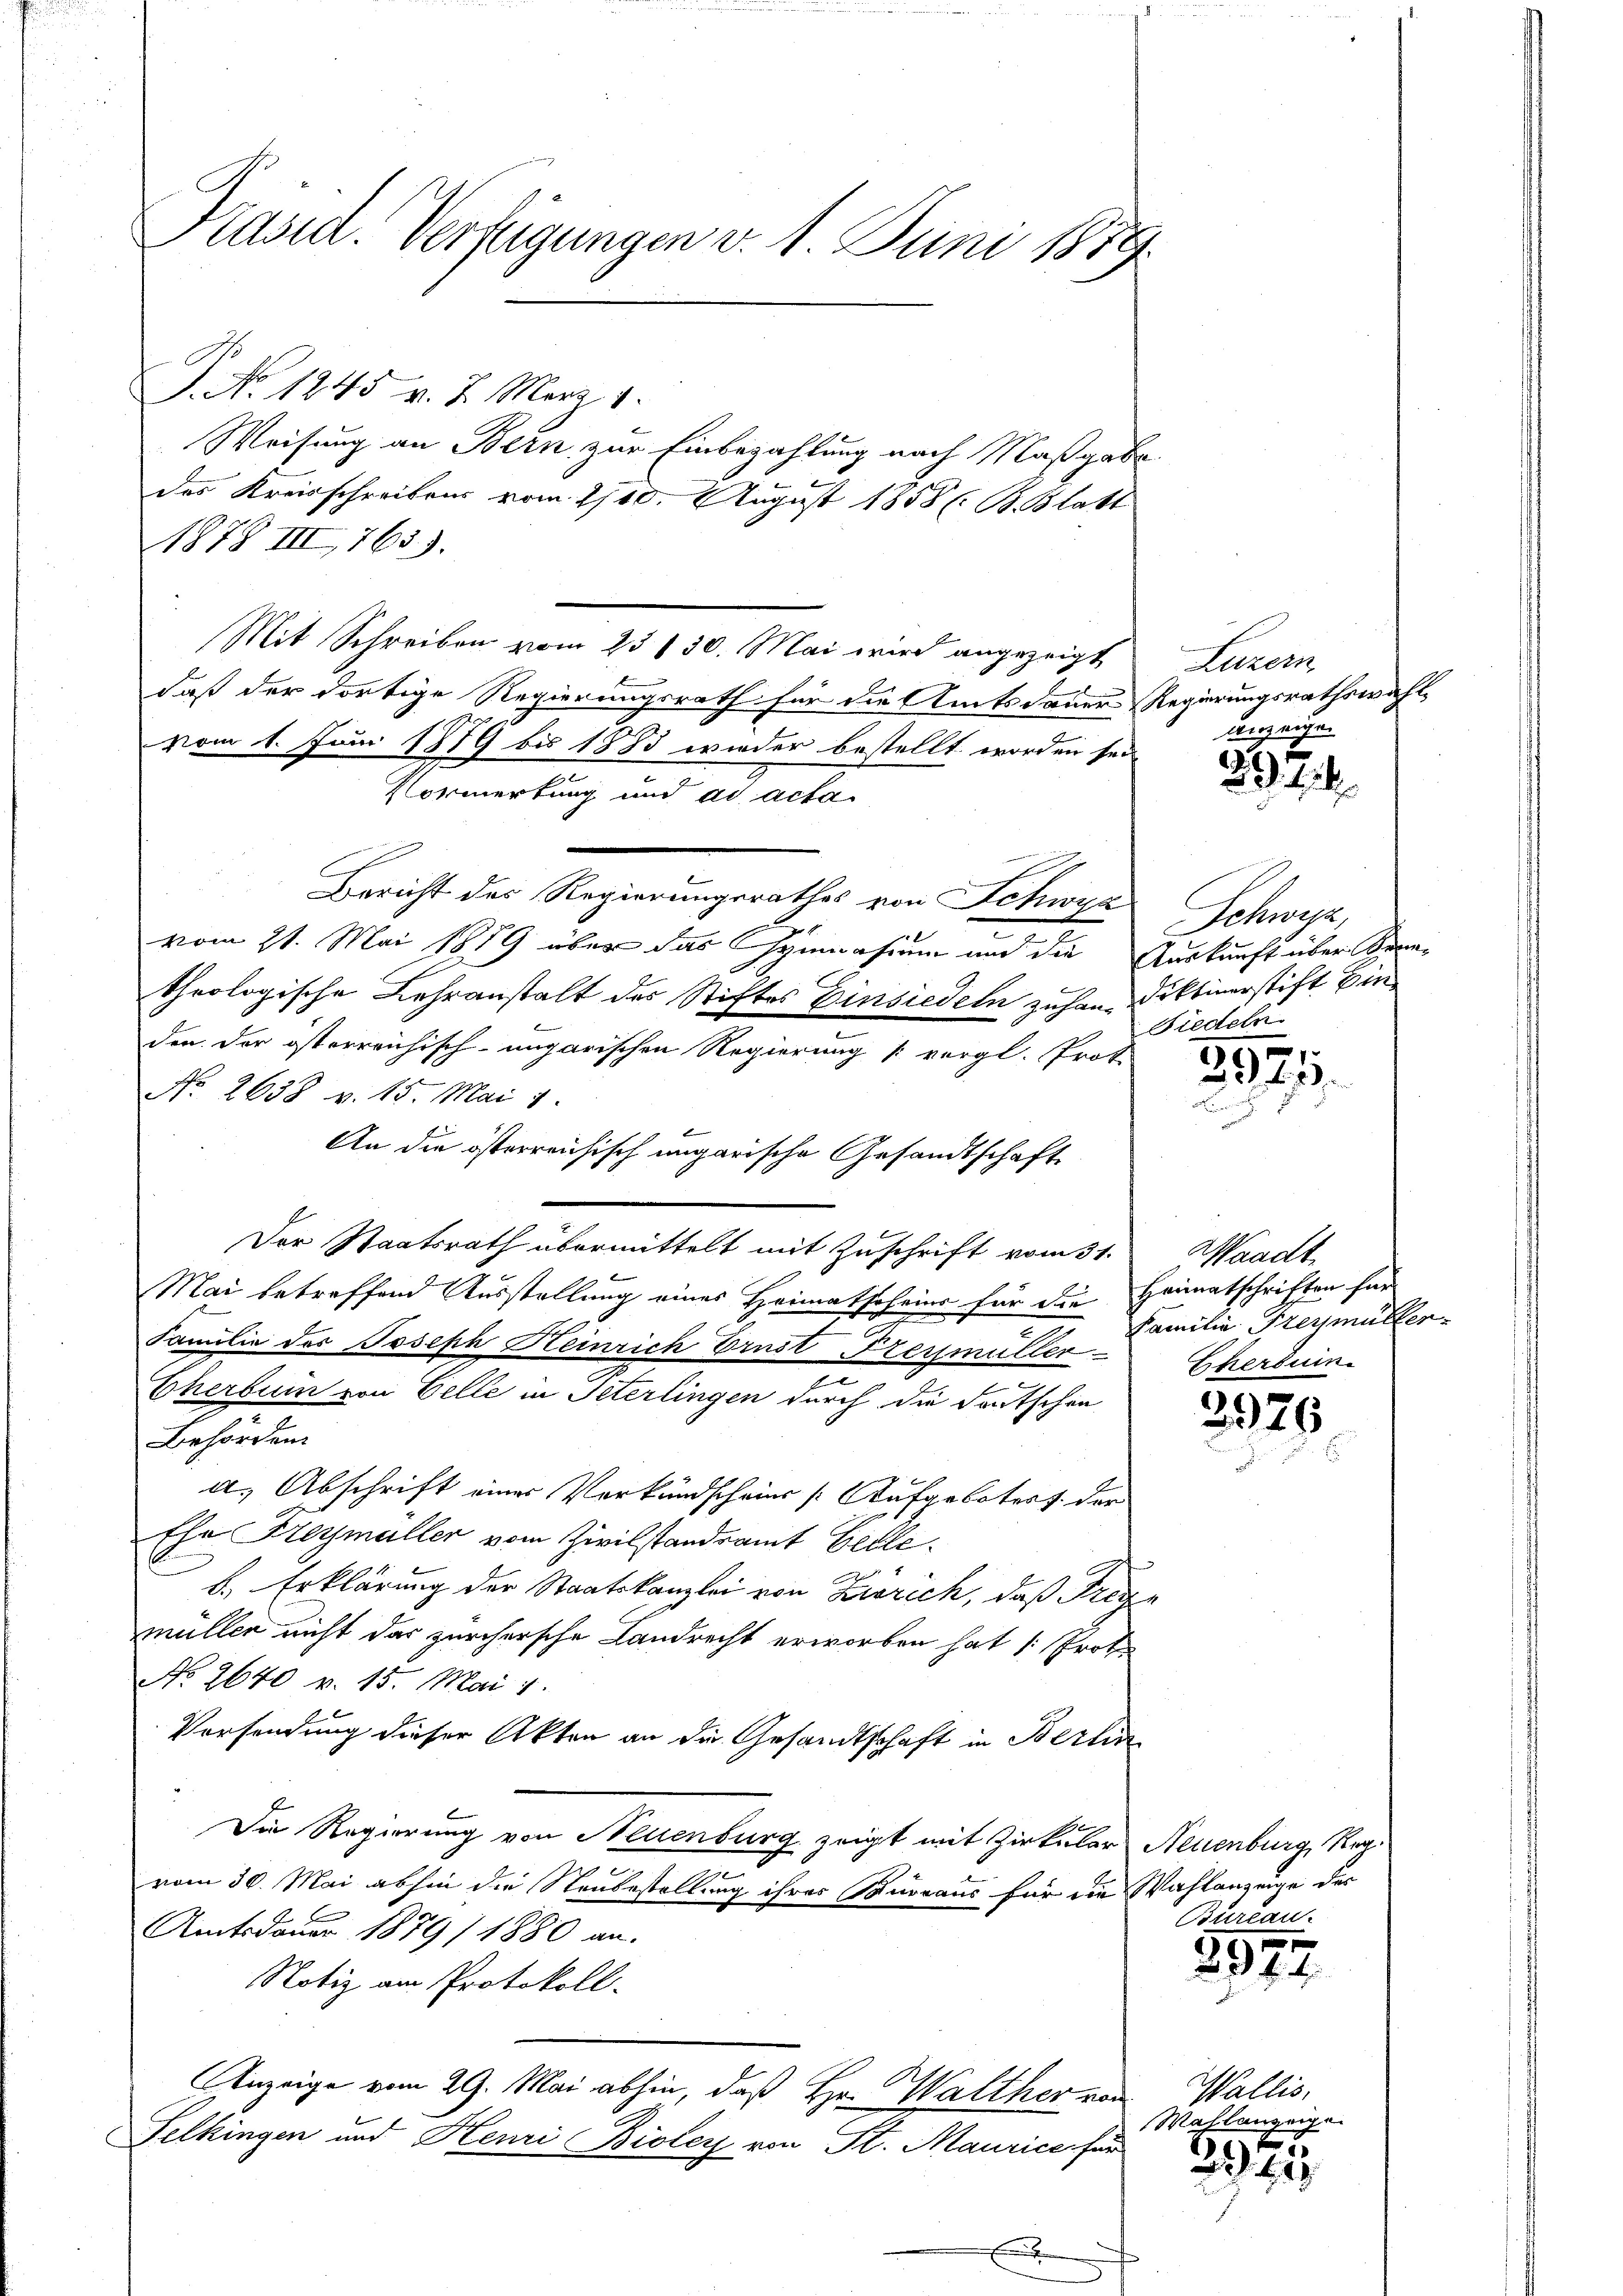
Präsid. Verfügungen v. 1. Juni 1879.

P. No 1245 v. 2. März 1
Weisung an Bern zur Einbezahlung nach Maßgabe
des Kreisschreibens vom 1710. August 1858 (: B. Blatt
1878 III 765).
Mit Schreiben vom 23 130. Mai wird angezeigt
daß der dortige Regierungsrath für die Amtsdauer Regierungsrathswahlvom 1. Juni 1879 bis 1883 wieder bestellt worden sei,
Vormerkung und ad acta
Bericht des Regierungsrathes von Schwyz
vom 21. Mai 1889 über das Gymnasium und die Auskunft über Sonntheologische Lehranstalt des Stiftes Einsiedeln zuhann diktinerstift Einden der österreichisch-ungarischen Regierung [vergl. Prot
No. 2638 v. 15. Mai 1
An die österreichisch ungarische Gesandtschaft
Der Staatsrath übermittelt mit Zuschrift vom 31.
Mai betreffend Ausstellung eines Heimatscheines für die Heimatschriften für
9
Familie des Joseph Heinrich Ernst Freimüller Eherdun
.
Cherbum von Celle in Peterlingen durch die deutschen
Behörden.
a. Abschrift eines Verkundscheins Aufgebotest. der
Ese Freymüller vom Zivilstandsamt Gelle.
b. Erklärung der Staatskanzlei von Zürich, daß Trigmüllen nicht das zürchersche Landrecht erworben hat /: Prote
No. 2640 v. 15. Mai 1
Versendung dieser Akten an die Gesandtschaft in Berlin
Die Regierung von Neuenburg zeigt mit Zirkular Neuenburg, Reg
vom 30. Mai abhin die Neubestellung ihres Bureaus für die Wahlanzeige der
Amtsdauer 1879/ 1880 an.
Notiz am Protokoll.
Anzeige vom 29. Mai abhin, daß Hr. Walther von
Selkingen und Henri Bioley von St. Maurice für

Huren
anzeige.

1
29. 114.

Schwyz
Fiedeln

2971.

Waadt
Familie Freymüller

3976

Bureau.

2397

Wallis,
Wahlanzeige

2375